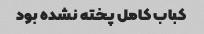
کباب کامل پخته نشده بود